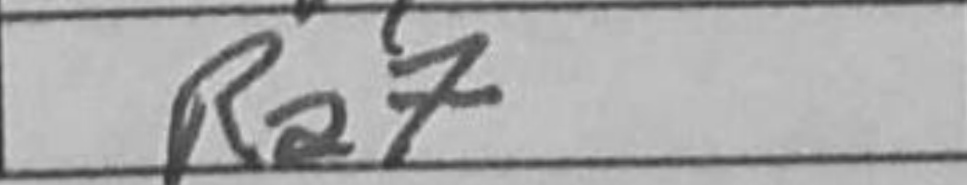
Transcription: Ra7